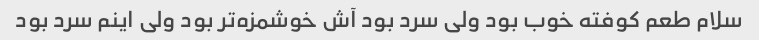
سلام طعم کوفته خوب بود ولی سرد بود آش خوشمزه‌تر بود ولی اینم سرد بود